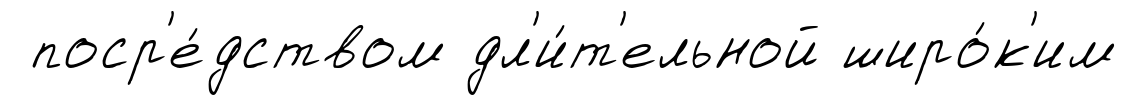
поср'е́дством дл'и́т'ельной широ́к'им